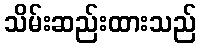
သိမ်းဆည်းထားသည်